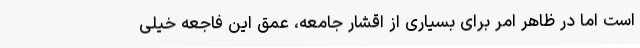
است اما در ظاهر امر برای بسیاری از اقشار جامعه، عمق اين فاجعه خیلی